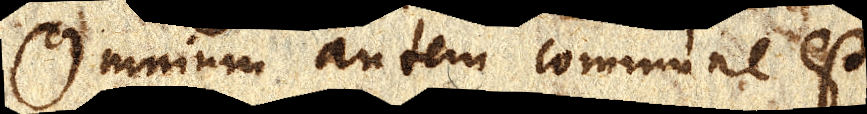
Omnium autem commune est,